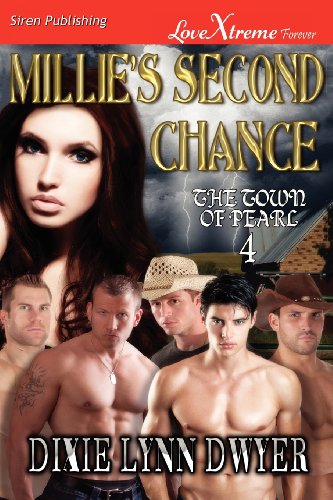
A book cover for Millie's Second Chance [The Town of Pearl 4] (Siren Publishing Lovextreme Forever); Dixie Lynn Dwyer; Romance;